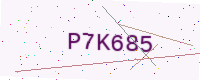
Text: P7K685